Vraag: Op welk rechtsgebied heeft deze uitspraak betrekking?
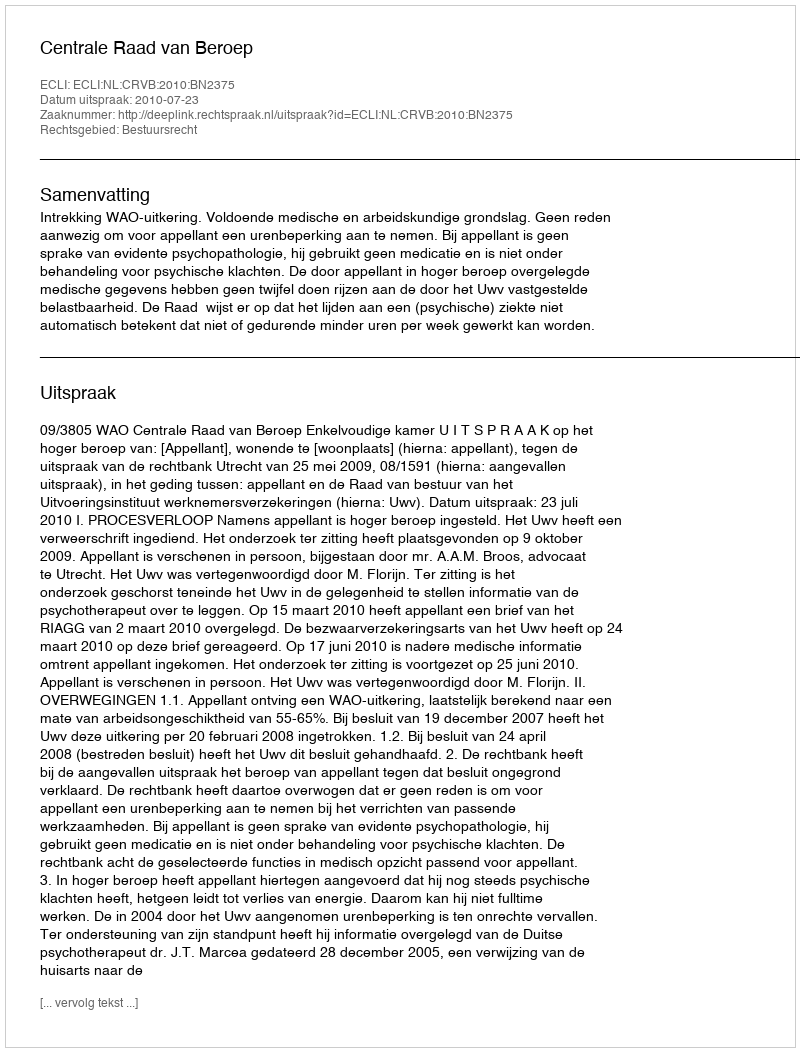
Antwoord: Bestuursrecht